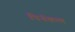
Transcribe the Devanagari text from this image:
पिनॅकल